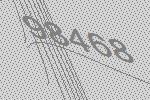
98468